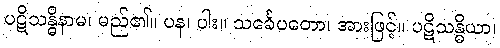
ပဋိသန္ဓိနာမ၊ မည်၏။ ပန၊ ပါး။ သင်္ခေပတော၊ အားဖြင့်။ ပဋိသန္ဓိယာ၊